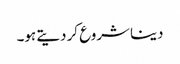
دینا شروع کر دیتے ہو۔